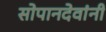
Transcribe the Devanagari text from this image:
सोपानदेवांनी